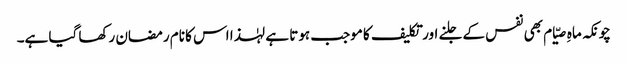
چونکہ ماہِ صیّام بھی نفس کے جلنے اور تکلیف کا موجب ہوتا ہے لہٰذا اس کا نام رمضان رکھا گیا ہے۔